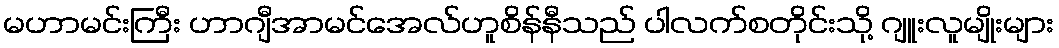
မဟာမင်းကြီး ဟာဂျီအာမင်အေလ်ဟူစိန်နီသည် ပါလက်စတိုင်းသို့ ဂျူးလူမျိုးများ